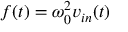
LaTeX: f ( t ) = \omega _ { 0 } ^ { 2 } v _ { i n } ( t )